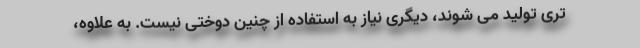
تری تولید می شوند، دیگری نیاز به استفاده از چنین دوختی نیست. به علاوه،